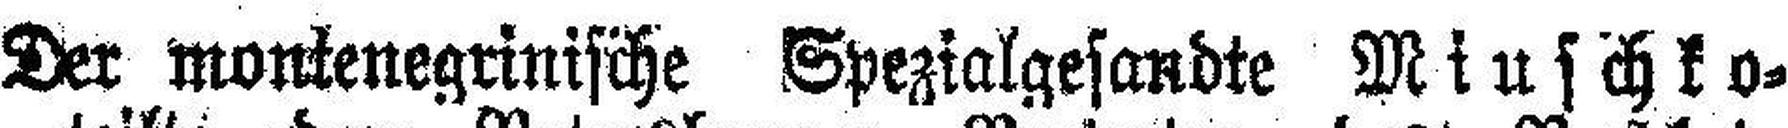
Der montenegrinische Spezialgesandte Miuschko¬